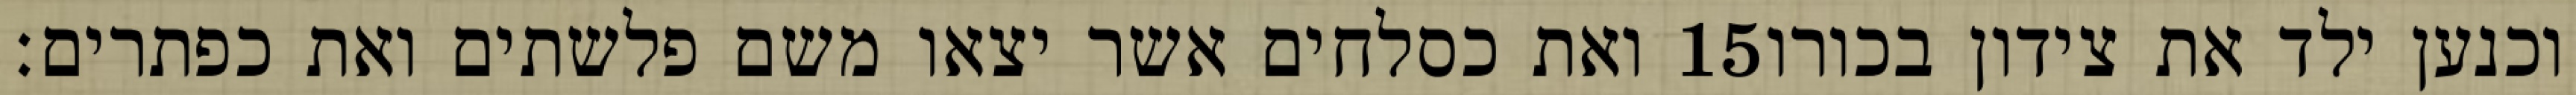
ואת כסלחים אשר יצאו משם פלשתים ואת כפתרים׃ ‎15‏ וכנען ילד את צידון בכורו